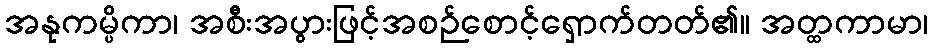
အနုကမ္ပိကာ၊ အစီးအပွားဖြင့်အစဉ်စောင့်ရှောက်တတ်၏။ အတ္ထကာမာ၊